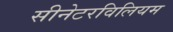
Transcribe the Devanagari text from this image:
सीनेटरविलियम